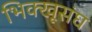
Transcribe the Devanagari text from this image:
भिक्खूसंघ